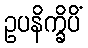
ဥပနိက္ခိပိံ